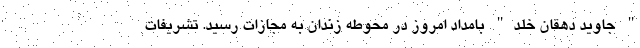
" جاوید دهقان خلد" بامداد امروز در محوطه زندان به مجازات رسید. تشریفات